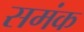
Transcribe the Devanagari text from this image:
समंक